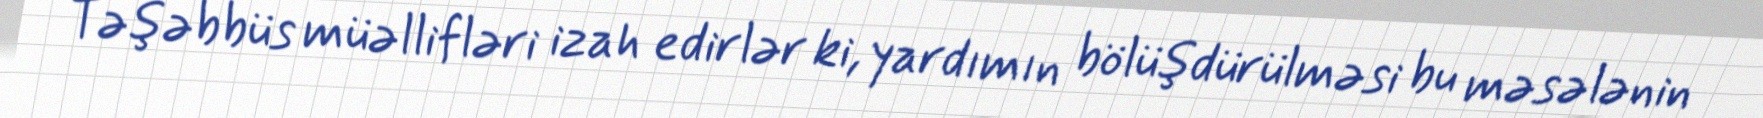
Təşəbbüs müəllifləri izah edirlər ki, yardımın bölüşdürülməsi bu məsələnin